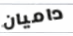
داميان